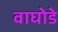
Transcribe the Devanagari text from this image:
वाघोडे